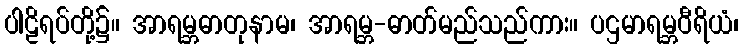
ပါဠိရပ်တို့၌။ အာရမ္ဘဓာတုနာမ၊ အာရမ္ဘ-ဓာတ်မည်သည်ကား။ ပဌမာရမ္ဘဝီရိယံ၊